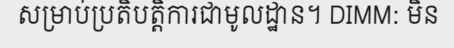
សម្រាប់ប្រតិបត្តិការជាមូលដ្ឋាន។ DIMM: មិន